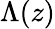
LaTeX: \Lambda(z)